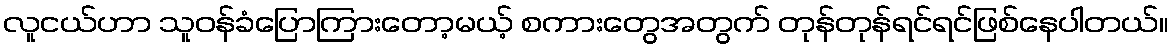
လူငယ်ဟာ သူဝန်ခံပြောကြားတော့မယ့် စကားတွေအတွက် တုန်တုန်ရင်ရင်ဖြစ်နေပါတယ်။